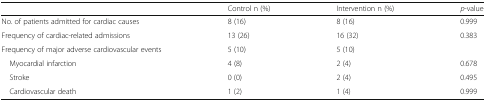
|  | Control n (%) | Intervention n (%) | p-value |
 | --- | --- | --- | --- |
 | No. of patients admitted for cardiac causes | 8 (16) | 8 (16) | 0.999 |
 | Frequency of cardiac-related admissions | 13 (26) | 16 (32) | 0.383 |
 | Frequency of major adverse cardiovascular events | 5 (10) | 5 (10) |  |
 | Myocardial infarction | 4 (8) | 2 (4) | 0.678 |
 | Stroke | 0 (0) | 2 (4) | 0.495 |
 | Cardiovascular death | 1 (2) | 1 (4) | 0.999 |